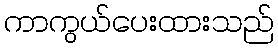
ကာကွယ်ပေးထားသည်